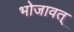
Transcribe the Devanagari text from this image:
भोजावत्